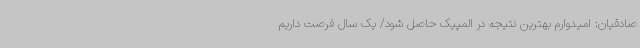
صادقیان: امیدوارم بهترین نتیجه در المپیک حاصل شود/ یک سال فرصت داریم